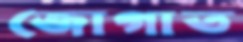
জোগাত